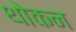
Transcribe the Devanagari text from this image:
थोकन